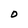
Character: O